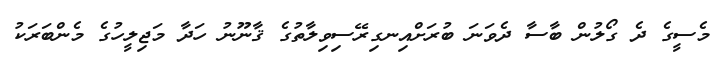
މެސީގެ ދެ ގޯލުން ބާސާ ދެވަނަ ބުރަށްއިނގިރޭސިވިލާތުގެ ޤާނޫނު ހަދާ މަޖިލީހުގެ މެންބަރަކު